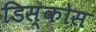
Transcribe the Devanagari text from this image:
डिस्कोस